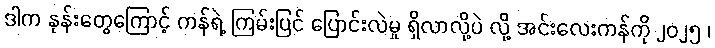
ဒါက နုန်းတွေကြောင့် ကန်ရဲ့ ကြမ်းပြင် ပြောင်းလဲမှု ရှိလာလို့ပဲ လို့ အင်းလေးကန်ကို ၂၀၂၅ ၊